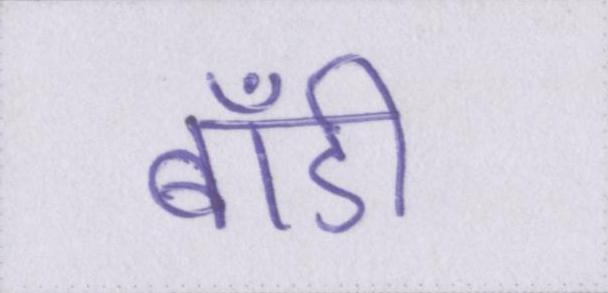
बॉडी